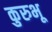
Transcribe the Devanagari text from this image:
कुरुभू